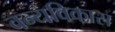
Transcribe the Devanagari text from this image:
वन्यविकास